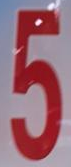
5